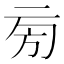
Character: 㫄